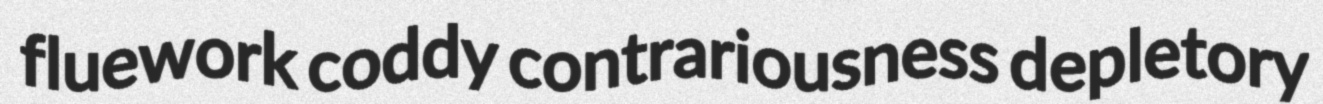
fluework coddy contrariousness depletory